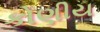
કોણીય